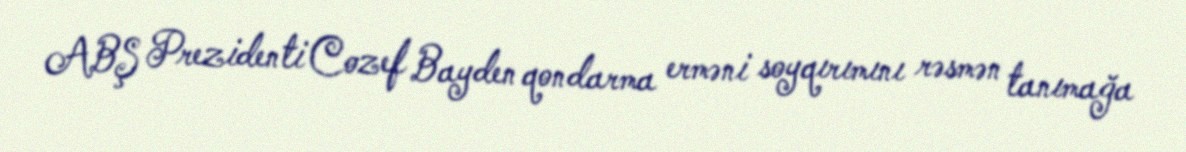
ABŞ Prezidenti Cozef Bayden qondarma erməni soyqırımını rəsmən tanımağa